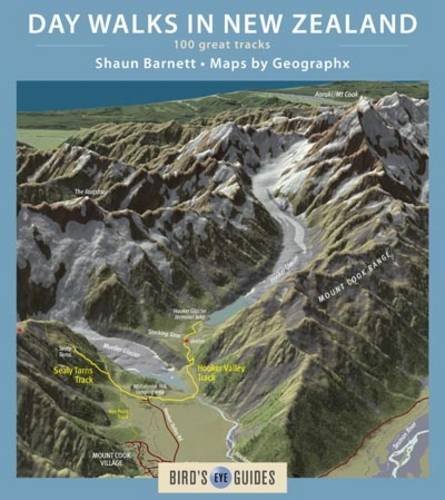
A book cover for Day Walks in New Zealand: 100 Great Tracks (Bird's Eye Guides); Shaun Barnett; Travel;